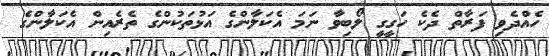
ހެއްދެވި ފަރާތް ދެކެ ހަގީގީ ލޯބިވާ ނަމަ އެކަލާންގެ އަޅުތަކުންގެ ތެރެއިން އެކަލާންގެ